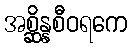
အစ္ဆိန္နစီဝရကေ